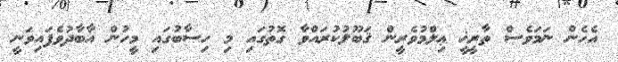
އެހެން ނަމަވެސް ތާރީޚީ ޢިލްމުވެރީން ޤަބޫލުކުރައްވާ ގޮތުގައި މި ހިސާބުގައި މީހުން އާބާދުވެފައިވަނީ